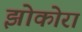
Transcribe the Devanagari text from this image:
झोकोरा